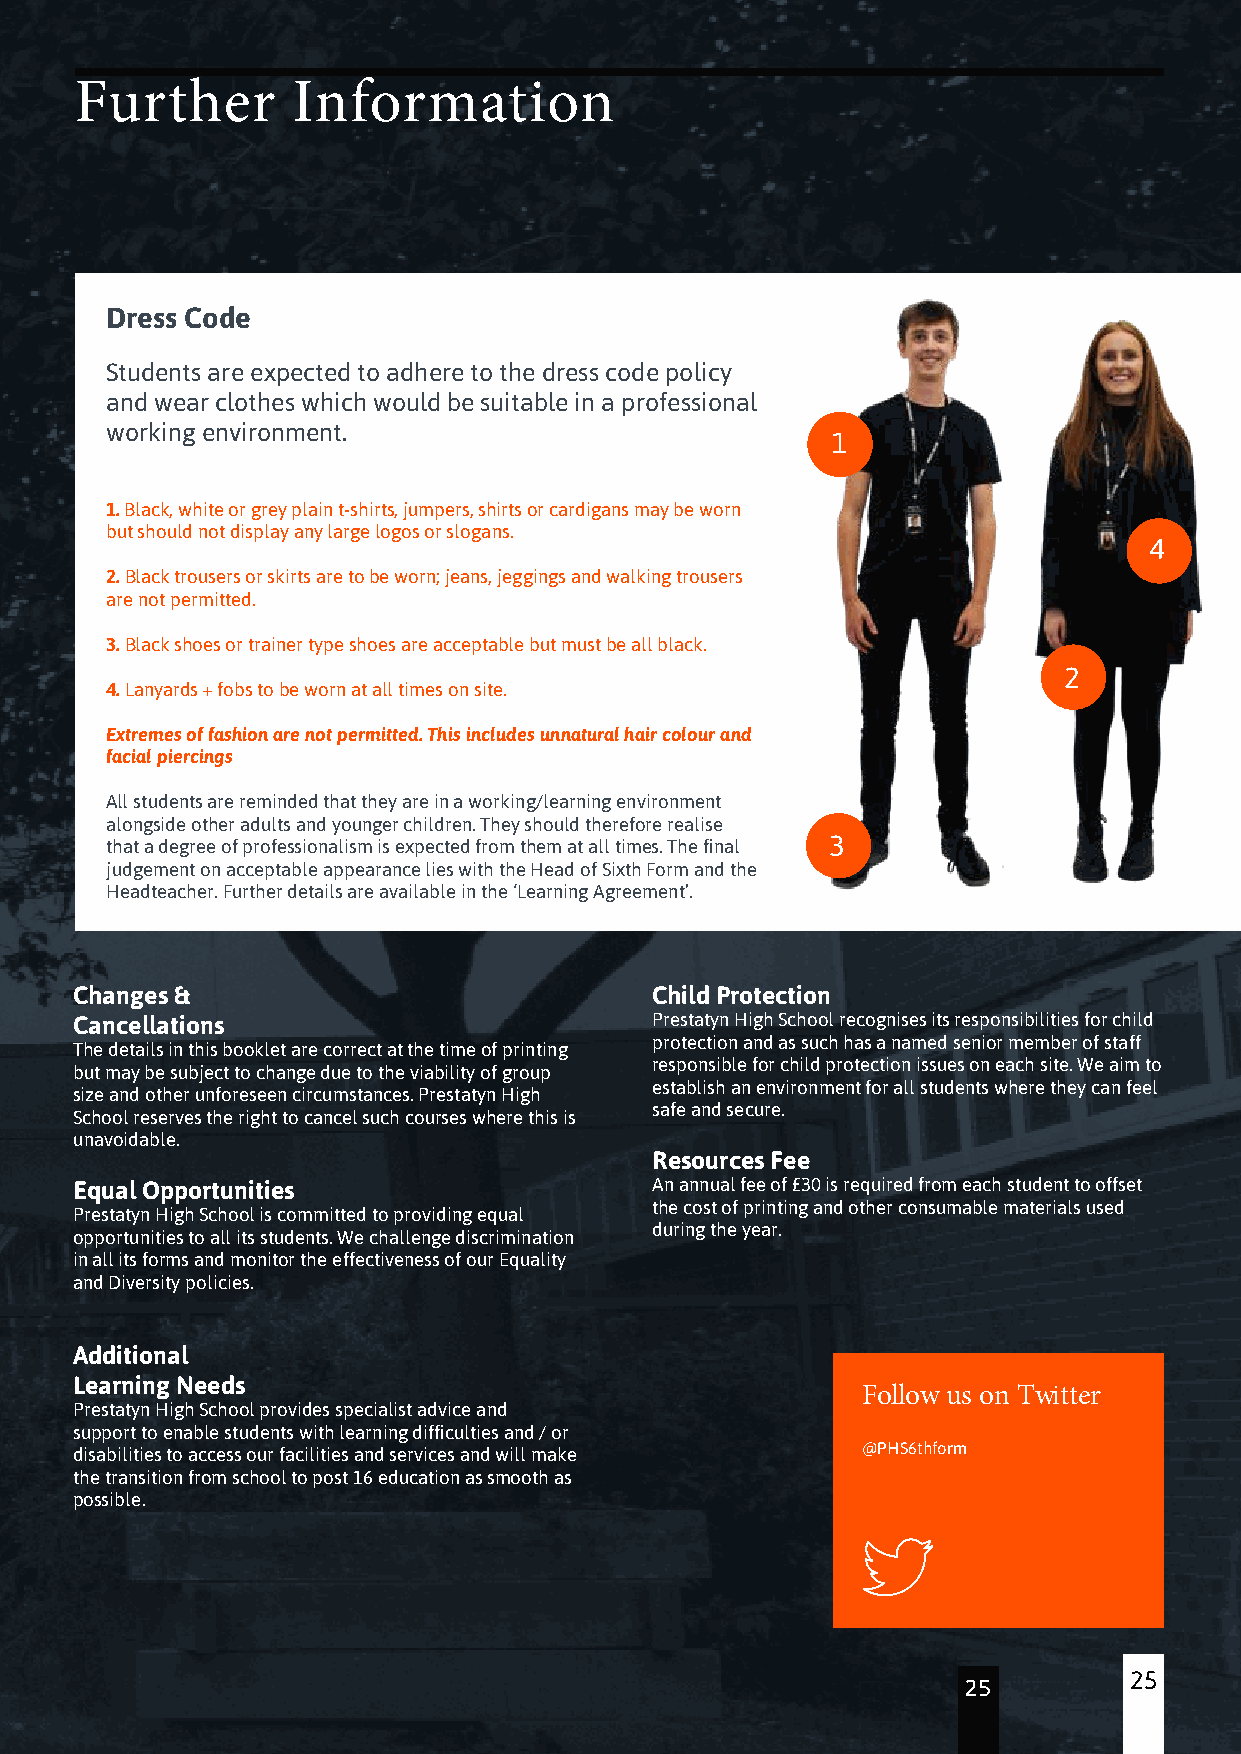
Further       Information
 Dress Code
 Students are expected to adhere to the dress code policy
 and wear clothes which would be suitable in a professional
 working environment.
 1
 1. Black, white or grey plain t-shirts, jumpers, shirts or cardigans may be worn
 but should not display any large logos or slogans.
 4
 2. Black trousers or skirts are to be worn; jeans, jeggings and walking trousers
 are not permitted.
 3. Black shoes or trainer type shoes are acceptable but must be all black.
 2
 4. Lanyards + fobs to be worn at all times on site.
 Extremes of fashion are not permitted. This includes unnatural hair colour and
 facial piercings
 All students are reminded that they are in a working/learning environment
 alongside other adults and younger children. They should therefore realise
 that a degree of professionalism is expected from them at all times. The final 3
 judgement on acceptable appearance lies with the Head of Sixth Form and the
 Headteacher. Further details are available in the ‘Learning Agreement’.
 Changes &                             Child Protection
 Cancellations                         Prestatyn High School recognises its responsibilities for child
 protection and as such has a named senior member of staff
 The details in this booklet are correct at the time of printing
 responsible for child protection issues on each site. We aim to
 but may be subject to change due to the viability of group
 establish an environment for all students where they can feel
 size and other unforeseen circumstances. Prestatyn High
 safe and secure.
 School reserves the right to cancel such courses where this is
 unavoidable.
 Resources Fee
 Equal Opportunities                   An annual fee of £30 is required from each student to offset
 the cost of printing and other consumable materials used
 Prestatyn High School is committed to providing equal
 during the year.
 opportunities to all its students. We challenge discrimination
 in all its forms and monitor the effectiveness of our Equality
 and Diversity policies.
 Additional
 Learning Needs
 Follow us on Twitter
 Prestatyn High School provides specialist advice and
 support to enable students with learning difficulties and / or
 disabilities to access our facilities and services and will make @PHS6thform
 the transition from school to post 16 education as smooth as
 possible.
 25
 25